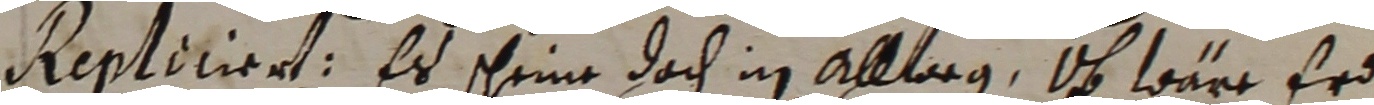
repliciert, Es scheine doch in alllorg, ob wäre erd